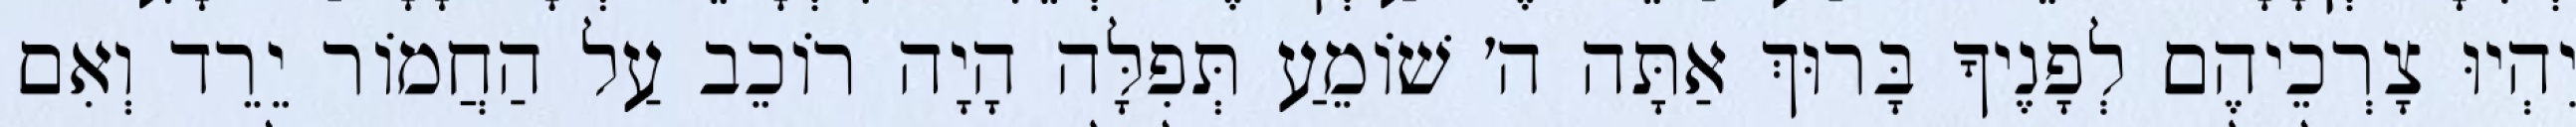
יִהְיוּ צָרְכֵיהֶם לְפָנֶיךָ בָּרוּךְ אַתָּה ה׳ שׁוֹמֵעַ תְּפִלָּה הָיָה רוֹכֵב עַל הַחֲמוֹר יֵרֵד וְאִם